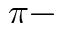
\pi -